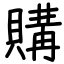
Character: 購